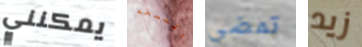
يمكنني النسخه تمضي زيد